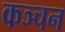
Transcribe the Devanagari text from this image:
कञ्चन